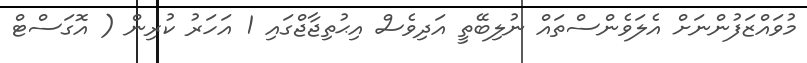
މުވައްޒަފުންނަށް އެލަވެންސްތައް ނުލިބޭތީ އަދިވެސް އިޙުތިޖާޖްގައި 1 އަހަރު ކުރިން ( އޮގަސްޓް